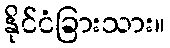
နိုင်ငံခြားသား။